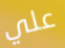
علي